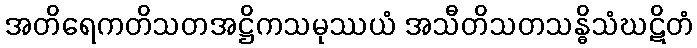
အတိရေကတိသတအဋ္ဌိကသမုဿယံ အသီတိသတသန္ဓိသံဃဋိတံ